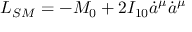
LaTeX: L _ { S M } = - M _ { 0 } + 2 { \cal I } _ { 1 0 } \dot { a } ^ { \mu } \dot { a } ^ { \mu }